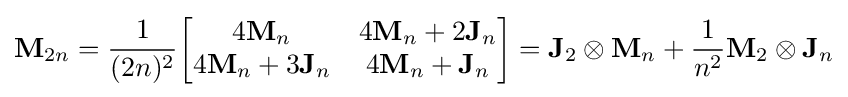
\mathbf {M} _{2n}={\frac {1}{(2n)^{2}}}{\begin{bmatrix}4\mathbf {M} _{n}&4\mathbf {M} _{n}+2\mathbf {J} _{n}\\4\mathbf {M} _{n}+3\mathbf {J} _{n}&4\mathbf {M} _{n}+\mathbf {J} _{n}\end{bmatrix}}=\mathbf {J} _{2}\otimes \mathbf {M} _{n}+{\frac {1}{n^{2}}}\mathbf {M} _{2}\otimes \mathbf {J} _{n}